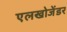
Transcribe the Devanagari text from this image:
एलखोजेंडर